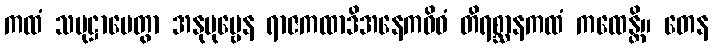
ကထံ သမုဋ္ဌာပေတွာ အနုပုဗ္ဗေန ရာဇကထာဒိအနေကဝိဓံ တိရစ္ဆာနကထံ ကထေန္တိ။ တေန